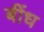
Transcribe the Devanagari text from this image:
बींध